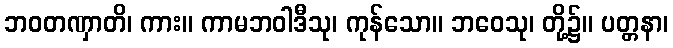
ဘဝတဏှာတိ၊ ကား။ ကာမဘဝါဒီသု၊ ကုန်သော။ ဘဝေသု၊ တို့၌။ ပတ္တနာ၊